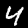
Digit: 4